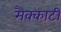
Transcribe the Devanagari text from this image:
मैक्कार्टी